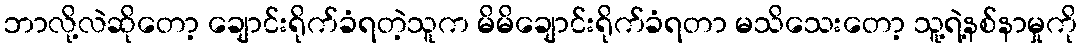
ဘာလို့လဲဆိုတော့ ချောင်းရိုက်ခံရတဲ့သူက မိမိချောင်းရိုက်ခံရတာ မသိသေးတော့ သူ့ရဲ့နစ်နာမှုကို